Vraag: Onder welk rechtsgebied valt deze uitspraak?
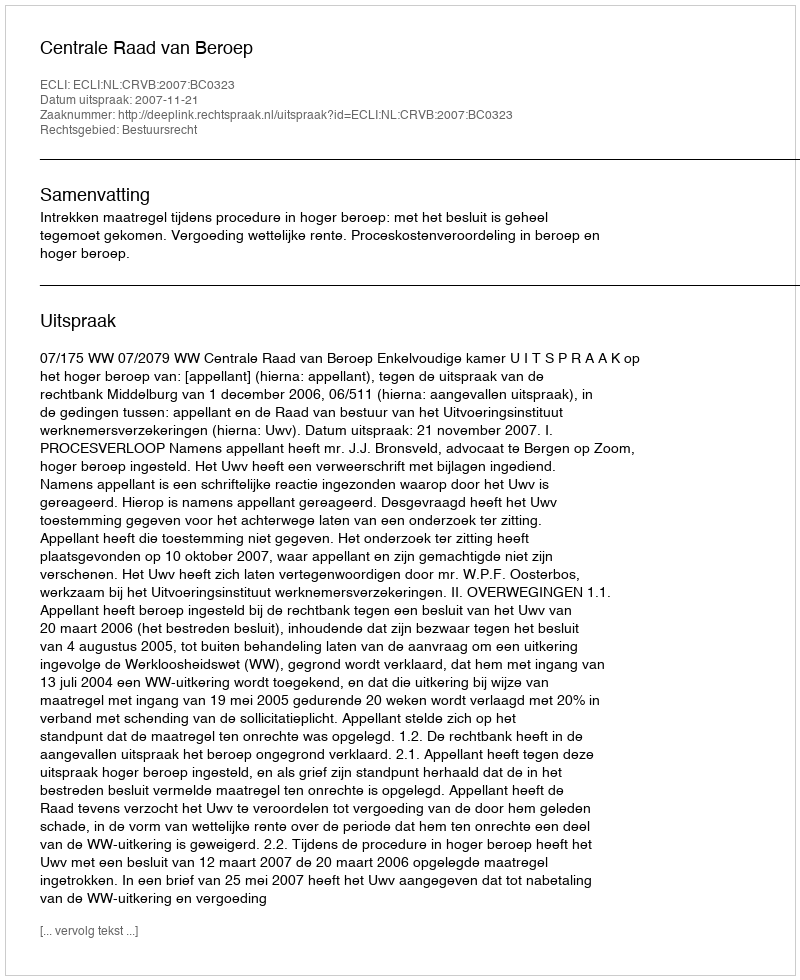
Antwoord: Bestuursrecht